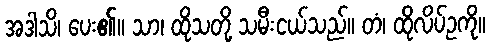
အဒါသိ၊ ပေး၏။ သာ၊ ထိုသတို့ သမီးငယ်သည်။ တံ၊ ထိုလိပ်ဥကို။